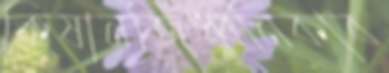
কিষানজিধ্বনিকাব